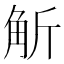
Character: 𧣊